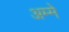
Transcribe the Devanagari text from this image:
अम्मे